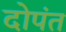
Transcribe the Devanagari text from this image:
दोपंत